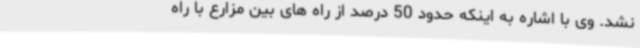
نشد. وی با اشاره به اینکه حدود 50 درصد از راه های بین مزارع با راه